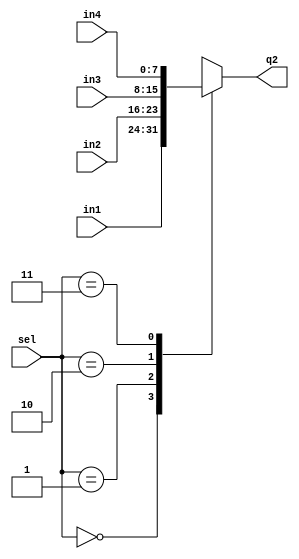
module behavior ( 
    input [7:0] in1, 
    input [7:0] in2, 
    input [7:0] in3, 
    input [7:0] in4, 
    input [1:0] sel, 
    output reg [7:0] q2 
);

	always @(*)	begin
		case(sel)
			2'h0: q2 = in1;
			2'h1: q2 = in2;
			2'h2: q2 = in3;
			2'h3: q2 = in4;
		endcase
    end
endmodule